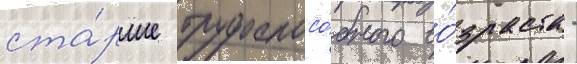
ста́рше трудоспосо́бного во́зраста -